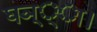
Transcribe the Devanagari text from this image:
घञ््‌ा।